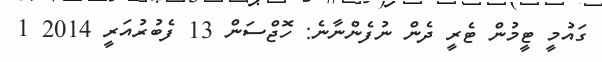
ގައުމީ ޓީމުން ޓެރީ ދެން ނުފެންނާނެ: ހޮޖްސަން 13 ފެބުރުއަރީ 2014 1